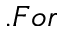
. F o r